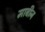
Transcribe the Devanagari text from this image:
माबीन